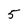
Character: 5